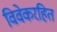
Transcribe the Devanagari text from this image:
विवेकरहित